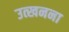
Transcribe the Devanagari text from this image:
उत्खनना